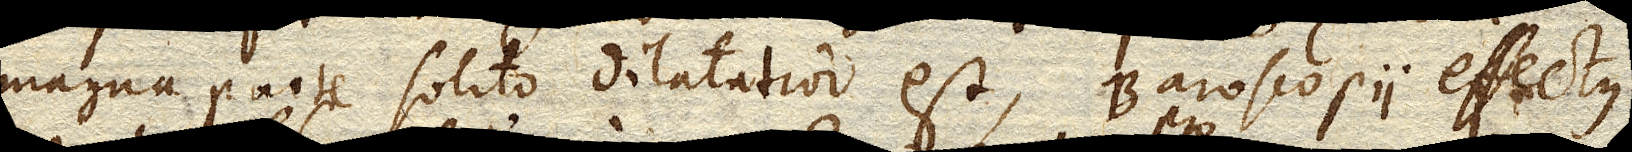
magna parte solito dilatatior est, Baroscopii effectus